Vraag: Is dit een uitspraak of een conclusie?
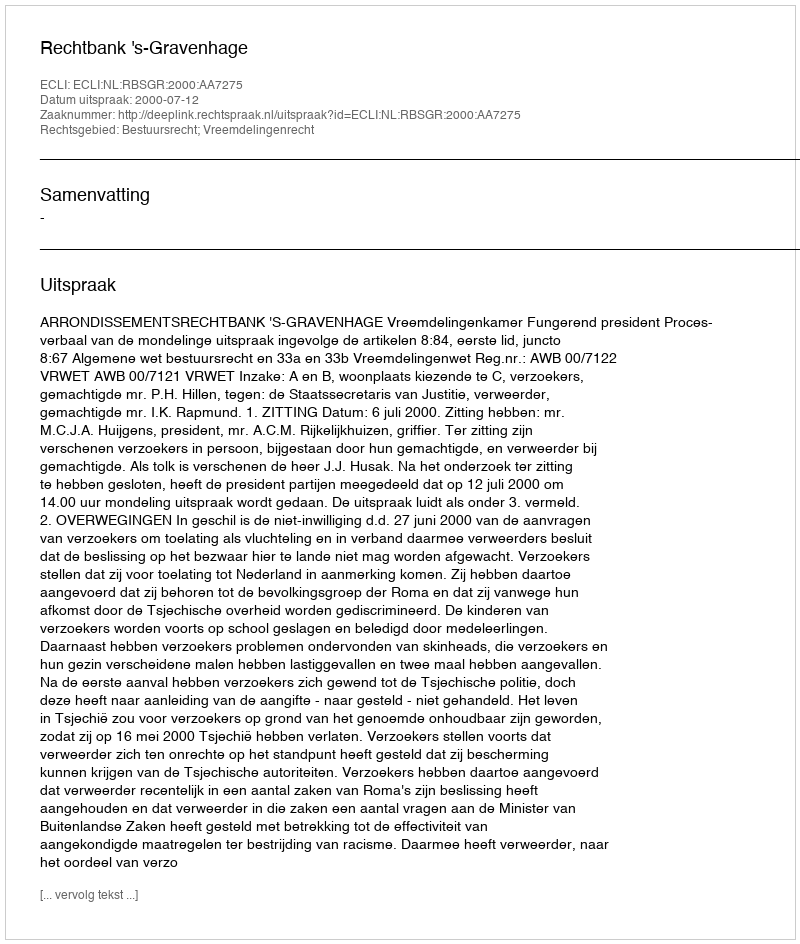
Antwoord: Uitspraak